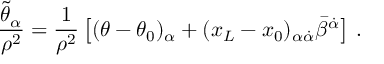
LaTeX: \frac { \tilde { \theta } _ { \alpha } } { \rho ^ { 2 } } = \frac { 1 } { \rho ^ { 2 } } \left[ ( \theta - \theta _ { 0 } ) _ { \alpha } + ( x _ { L } - x _ { 0 } ) _ { \alpha \dot { \alpha } } \bar { \beta } ^ { \dot { \alpha } } \right] \, .